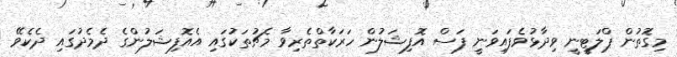
މިގޮތުން ޕްލަޓީނީ ވިދާޅުވެފައިވަނީ ފަސް އޮފިޝަލުން ހަރަކާތްތެރިވާ މެޗުތަކުގައި އެއޮފިޝަލުންގެ ދެމެދުގައި ދެކެވޭ